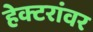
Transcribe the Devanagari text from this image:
हेक्टरांवर